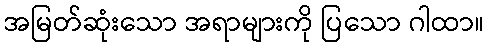
အမြတ်ဆုံးသော အရာများကို ပြသော ဂါထာ။